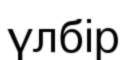
үлбір